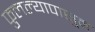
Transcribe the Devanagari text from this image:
फुलल्यापासून